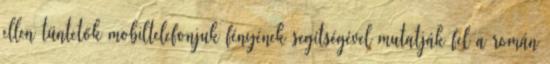
ellen tüntetők mobiltelefonjuk fényének segítségével mutatják fel a román